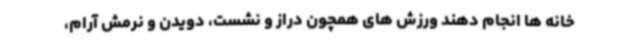
خانه ها انجام دهند ورزش های همچون دراز و نشست، دویدن و نرمش آرام،